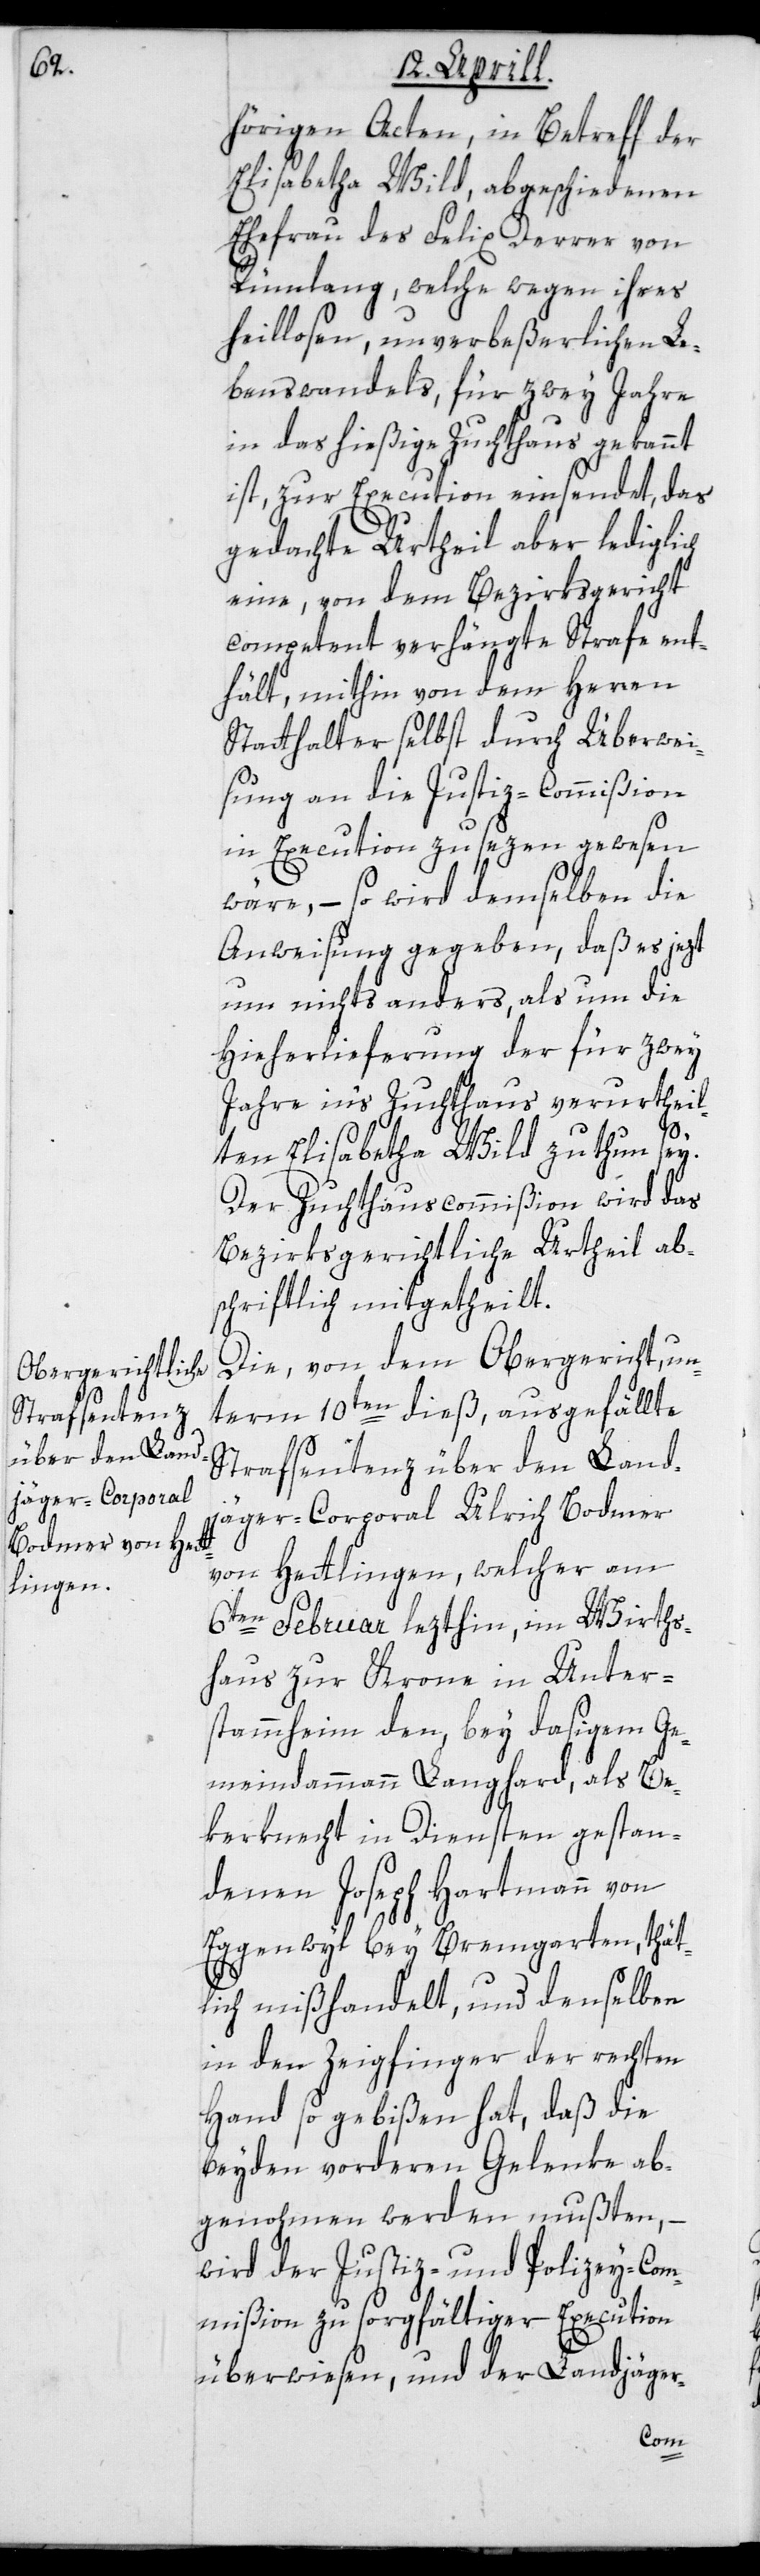
hörigen Acten, in Betreff der
Elisabetha Wild, abgeschiedenen
Ehefrau des Felix Derrer von
Rümlang, welche wegen ihres
heillosen, unverbeßerlichen Le¬
benswandels, für zwey Jahre
in das hießige Zuchthaus gebannt
ist, zur Execution einsendet, das
gedachte Urtheil aber lediglich
eine, von dem Bezirksgericht
competent verhängte Strafe ent¬
hält, mithin von dem Herren
Statthalter selbst durch Überwei¬
sung an die Justiz-Commißion
in Execution zu sezen gewesen
wäre, – so wird demselben die
Anweisung gegeben, daß es jezt
um nichts anders, als um die
Hieherlieferung der für zwey
Jahre ins Zuchthaus verurtheil¬
ten Elisabetha Wild zu tun sey.
Der Zuchthauscommißion wird das
Bezirksgerichtliche Urtheil ab¬
schriftlich mitgetheilt.
Die, von dem Obergericht, un¬
term 10ten dieß, ausgefällte
Strafsentenz über den Land¬
jäger-Corporal Ulrich Bodmer
von Hettlingen, welcher am
6ten Februar lezthin, im Wirths¬
haus zur Krone in Unter¬
stammheim den, bey dasigem Ge¬
meindammann Langhard, als Be¬
kerknecht in Diensten gestan¬
denen Joseph Hartmann von
Eggenwyl bey Bremgarten, thät¬
lich mißhandelt, und denselben
in den Zeigfinger der rechten
Hand so gebißen hat, daß die
beyden vorderen Gelenke ab¬
genohmen werden mußten, –
wird der Justiz- und Polizey-Com¬
mißion zu sorgfältiger Execution
überwiesen, und der Landjäger-